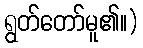
ရွတ်တော်မူ၏။)